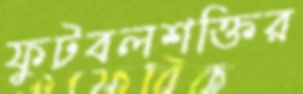
ফুটবলশক্তির